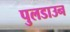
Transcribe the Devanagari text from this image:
पुलडाउन